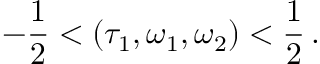
- \frac { 1 } { 2 } < ( \tau _ { 1 } , \omega _ { 1 } , \omega _ { 2 } ) < \frac { 1 } { 2 } \, .